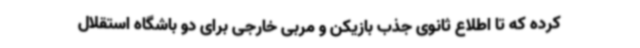
کرده که تا اطلاع ثانوی جذب بازیکن و مربی خارجی برای دو باشگاه استقلال